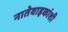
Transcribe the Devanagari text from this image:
नातेवाइकांशी